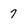
Character: 7